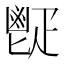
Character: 𩰠